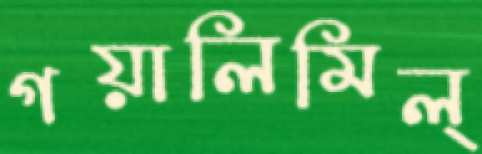
গয়ালিমিল্